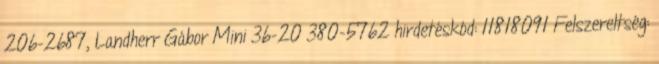
206-2687, Landherr Gábor Mini 36-20 380-5762 hirdetéskód: 11818091 Felszereltség: